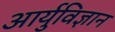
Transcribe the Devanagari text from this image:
आर्युविज्ञान